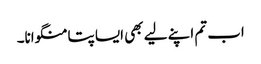
اب تم اپنے لیے بھی ایسا پتا منگوانا۔